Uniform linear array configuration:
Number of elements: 64
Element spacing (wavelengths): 0.75
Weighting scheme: hamming
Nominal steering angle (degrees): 45
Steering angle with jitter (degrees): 45.418
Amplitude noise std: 0.05
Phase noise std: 0.05

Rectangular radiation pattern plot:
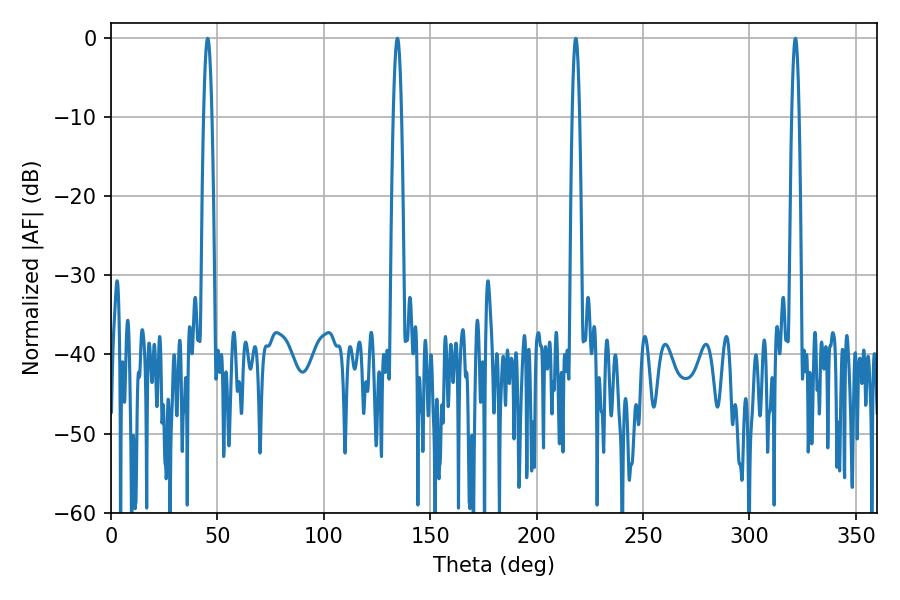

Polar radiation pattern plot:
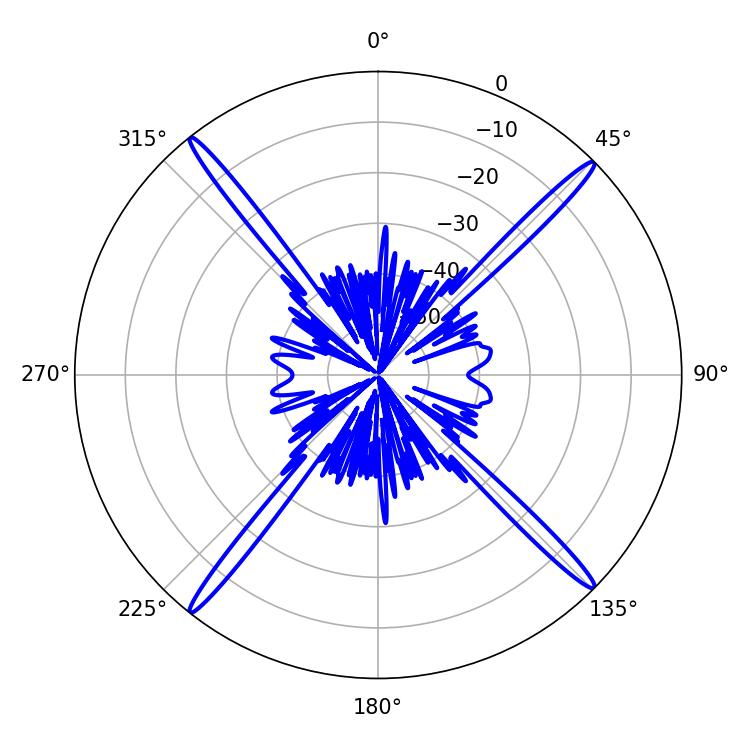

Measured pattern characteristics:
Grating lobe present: TRUE
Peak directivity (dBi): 21.9
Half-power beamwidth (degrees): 1.98
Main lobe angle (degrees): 45.36